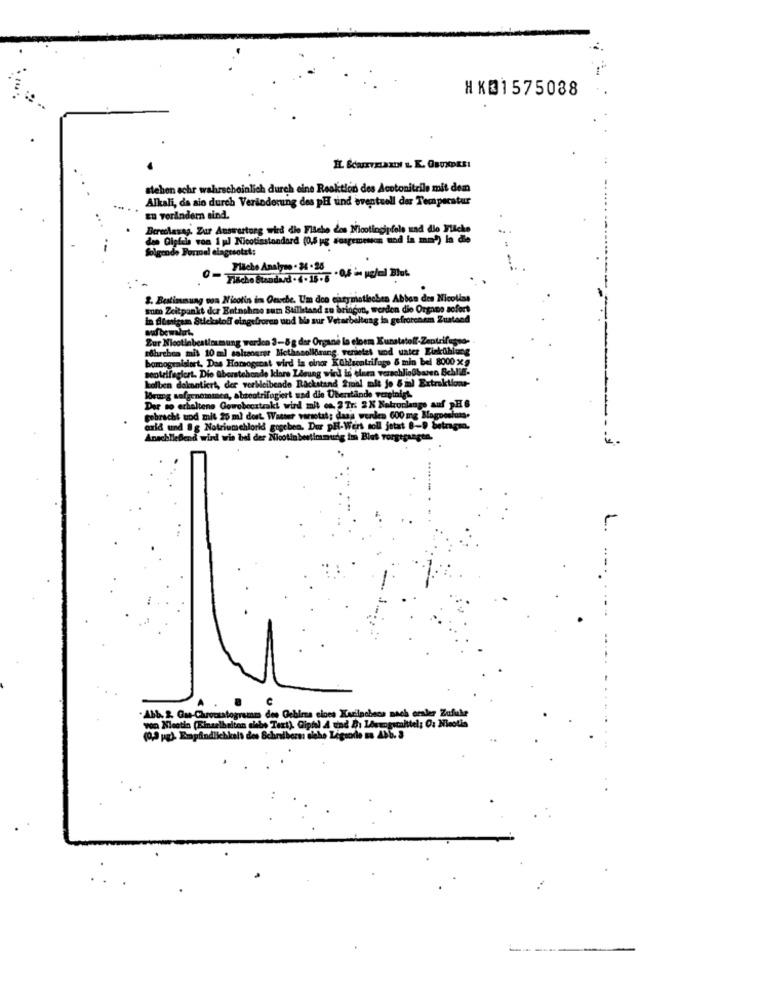
HK31575038
stehen schr wahrscheinlich durch eine Reaktion des Acotonitrile mit dem
Alkali, da sie durch Veränderung des pH und eventuell der Temperatur
zu verändern sind.
Beretlasag. Zur Auswertorg wird die Flache des Mootingipfels und die Fiche
den Gipfels von 1 pl Nicotisstandard (0,5 yg suaremewon mod la mm) la de
folgende Formal elagtsotzt:
Flache Analyse . 24 . 26
0 - Tischo Blandard . 6. 15.7 .Of in pedal Bhat.
2. Bestimmung von Nicotin in Couche. Um den curymetischen Abban des Nicolias
sum Zeitpunkt der Entnahme sum Stillstand zu bringon, werden die Organo sofort
in filemigam Stickstoff eingefroren und bie sur Verarbeitung in gefrorenem Zustand
auf be walert,
Zur Nicotinbeatlesmung werden 3-5g dee Organe la elcem Kunststoll-Zentrifugso-
Ihreben mit 10 ml saltangrer Methanollorang. versetzt und water Einkühlung
bomograisinet, Des Horsogical wird in einer Kühlsentrifugo & min bel 8000 x9
sentrifegicat. Die überstehende klare Zasung wind is elnen verschließbaren BeAll.
kolben dakantiert, der verbleibende Rackstand 2mal ale jo & m) Extraktions-
Börung safgenommen, abzentrifugiert und die Übertande vereinigt.
Der no erhaltene Gowobeczteaki wird mit on. 2 Tr. 2X Natronlange auf PH6
gebracht wod mit 20 ml dort Watter varsotal; dass wenden 600 mg Mo
oxid und 8g Natriumchlorid gogeben. Dur PH-Wert soll jetat 6-9 betrag .
schließend wird wis bei der Nicotin bestimmung in Blut Tor
C
brocustogramm des Gehirns clocs Karinchecs nach ersler Zufule
von Mestin (Einzelheiten chebe Text), Gipfel 4 und D: Lösungsmittel: O: Nicolis
(0,3 pg) Empfindlichkals des Schralbers dicho Legsode na Abb. 3